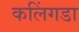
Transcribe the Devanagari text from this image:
कलिंगडा